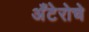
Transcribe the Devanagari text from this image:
अँटेरोचे